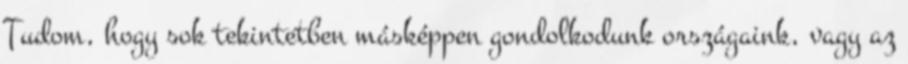
Tudom, hogy sok tekintetben másképpen gondolkodunk országaink, vagy az